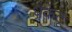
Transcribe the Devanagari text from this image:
धकटू